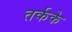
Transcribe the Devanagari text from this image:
तर्कके